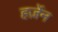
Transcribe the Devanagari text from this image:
हर्ज़ेन